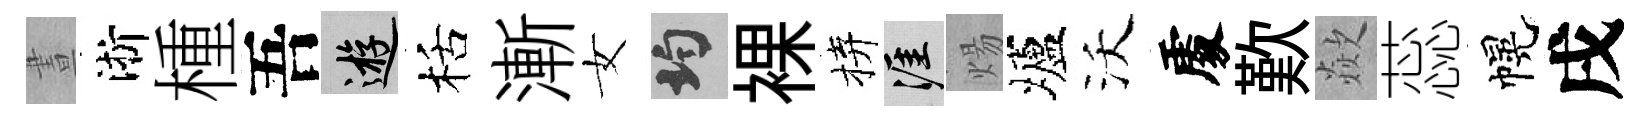
晝淅㮔吾游栝漸女均裸拚涯煬壚沃𠁅歎歘蕊幌戌